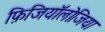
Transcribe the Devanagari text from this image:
फ़िजियॉलोजिया